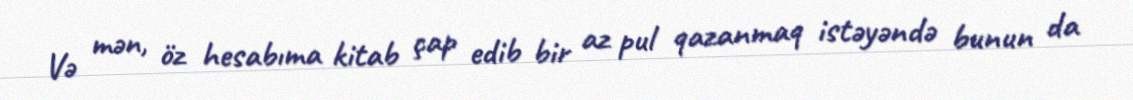
Və mən, öz hesabıma kitab çap edib bir az pul qazanmaq istəyəndə bunun da